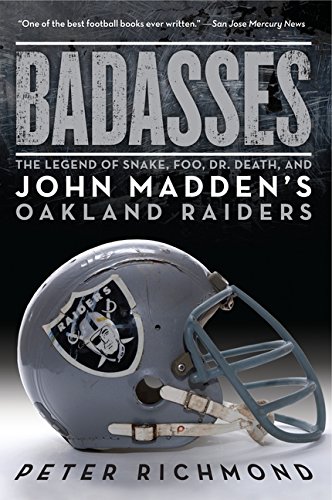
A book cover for Badasses: The Legend of Snake, Foo, Dr. Death, and John Madden's Oakland Raiders; Peter Richmond; Sports & Outdoors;